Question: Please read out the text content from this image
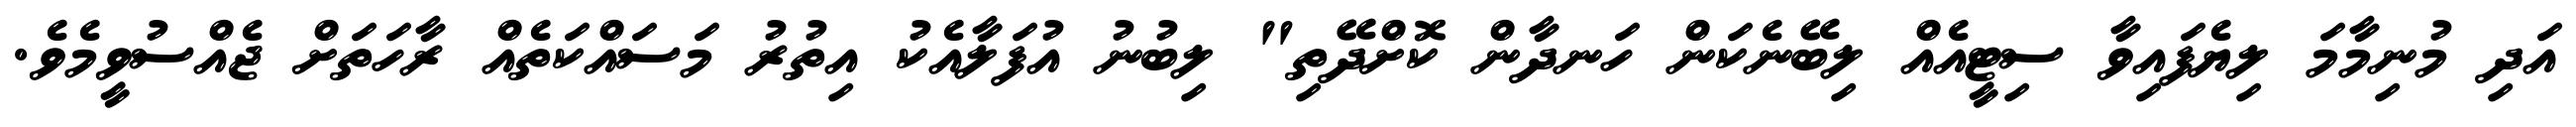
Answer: އަދި މުނިމާމަ ލިޔެފައިވާ ސިޓީއެއް ލިބޭނެކަން ހަނދާން ކޮށްދޭތި" ލިބުނު އުފަލާއެކު އިތުރު މަސައްކަތެއް ރާހަތަށް ޖެއްސުވީމެވެ.